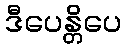
ဒီပေန္တိပေ